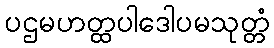
ပဌမဟတ္ထပါဒေါပမသုတ္တံ